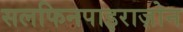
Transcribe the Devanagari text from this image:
सलफिनपाइराज़ोन